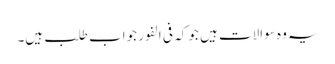
یہ وہ سوالات ہیں جو کہ فی الفور جواب طلب ہیں۔